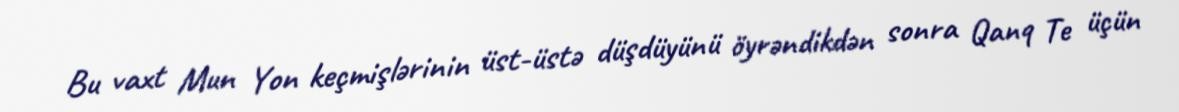
Bu vaxt Mun Yon keçmişlərinin üst-üstə düşdüyünü öyrəndikdən sonra Qanq Te üçün